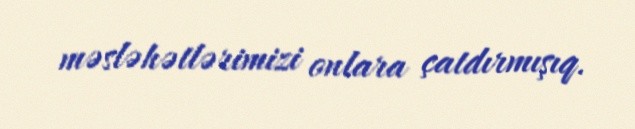
məsləhətlərimizi onlara çatdırmışıq.